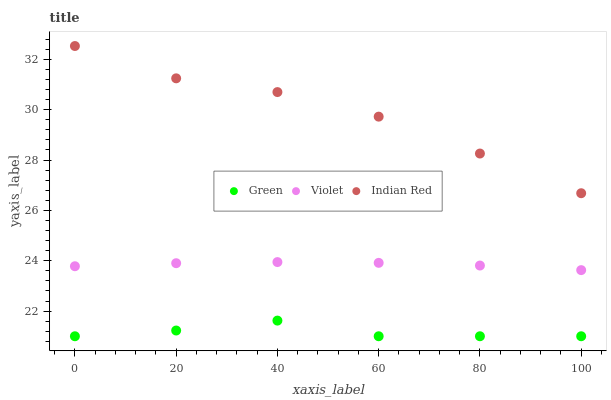
| xaxis_label | Green | Violet | Indian Red |
 | --- | --- | --- | --- |
 | 0 | 21 | 23.8 | 32.5 |
 | 20 | 21.2 | 23.9 | 31.2 |
 | 40 | 21.6 | 23.9 | 30.7 |
 | 60 | 21 | 23.9 | 29.7 |
 | 80 | 21 | 23.8 | 28.3 |
 | 100 | 21 | 23.6 | 26.7 |